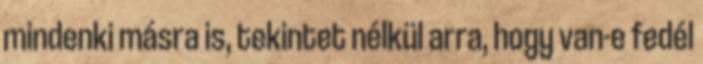
mindenki másra is, tekintet nélkül arra, hogy van-e fedél